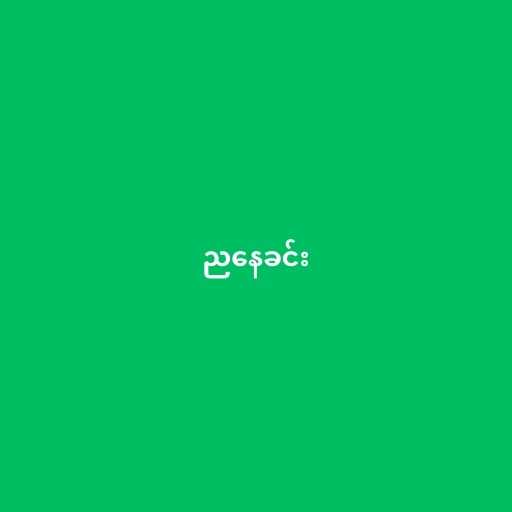
ညနေခင်း